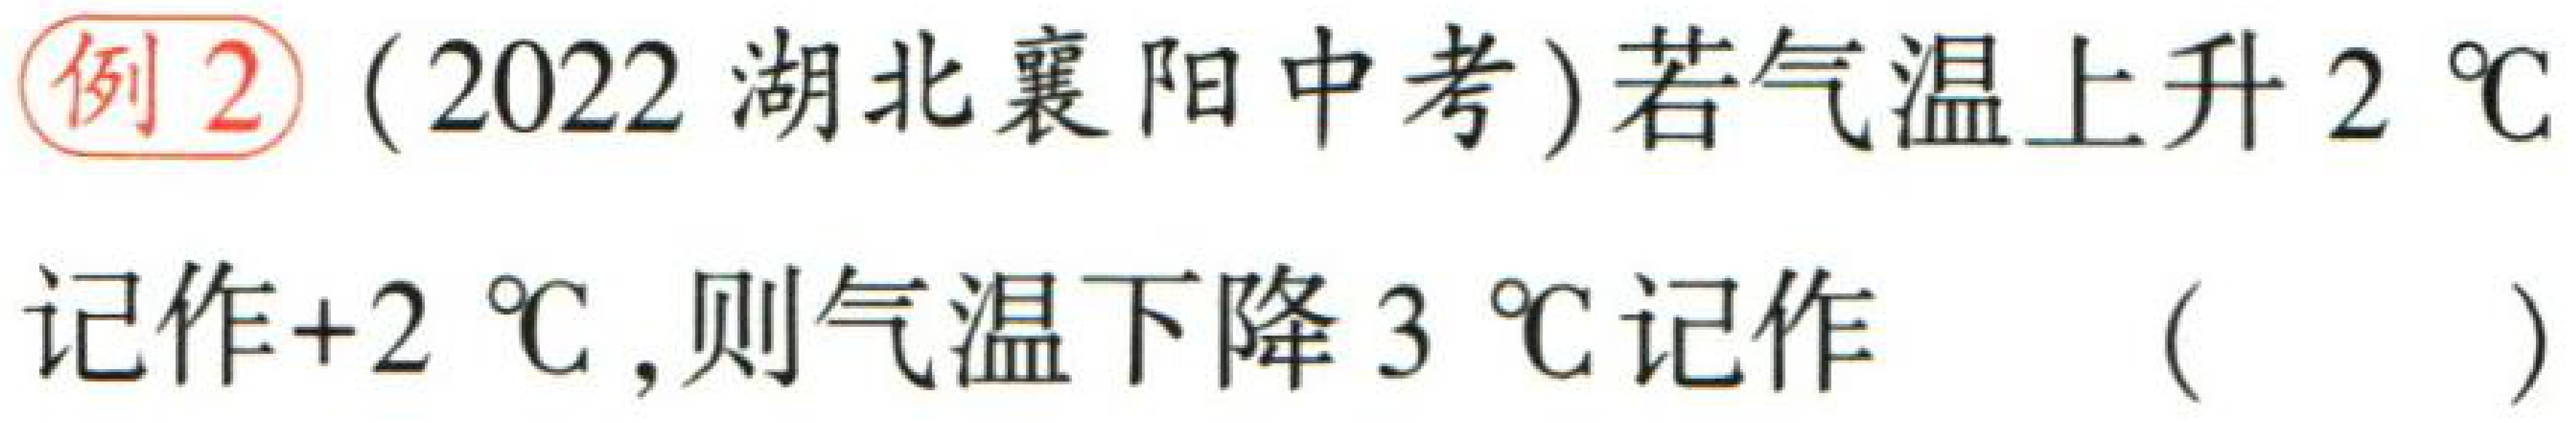
例2（2022湖北襄阳中考）若气温上升 \(2\ ^{\circ}\text{C}\) 记作\(+2\ ^{\circ}\text{C}\)，则气温下降 \(3\ ^{\circ}\text{C}\) 记作 （  ）